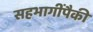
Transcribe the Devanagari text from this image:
सहभागींपैकी